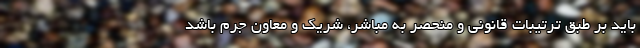
باید بر طبق ترتیبات قانونی و منحصر به مباشر، شریک و معاون جرم باشد